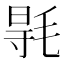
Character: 𣮊